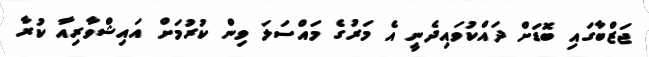
ޖަޒްބާގައި ބޮޑަށް ދައްކުވައިދެނީ އެ މަރުގެ މައްސަަލަ ވިން ކުރުމަށް އައިޝްވާރިއާ ކުރާ